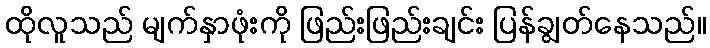
ထိုလူသည် မျက်နှာဖုံးကို ဖြည်းဖြည်းချင်း ပြန်ချွတ်နေသည်။